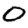
Digit: 0